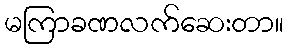
မကြာခဏလက်ဆေးတာ။